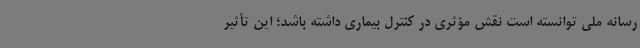
رسانه ملی توانسته است نقش مؤثری در کنترل بیماری داشته باشد؛ این تأثیر